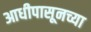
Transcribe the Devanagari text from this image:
आधीपासूनच्या